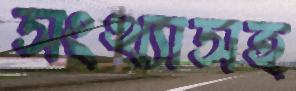
সংখ্যাসহ